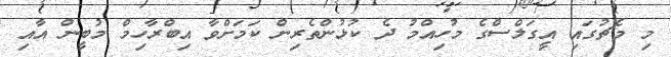
މި މެޗުގައި އީގަލްސްގެ މުހިއްމު ދެ ކުޅުންތެރިން ކަމަށްވާ އިބްރާހިމް މުބީން އާއި